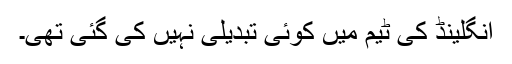
انگلینڈ کی ٹیم میں کوئی تبدیلی نہیں کی گئی تھی۔